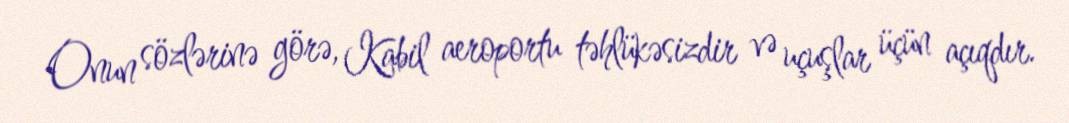
Onun sözlərinə görə, Kabil aeroportu təhlükəsizdir və uçuşlar üçün açıqdır.